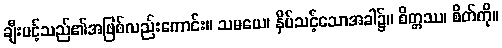
ချီးပင့်သည်၏အဖြစ်လည်းကောင်း။ သမယေ၊ နှိပ်သင့်သောအခါ၌။ စိတ္တဿ၊ စိတ်ကို။